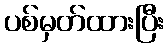
ပစ်မှတ်ထားပြီး